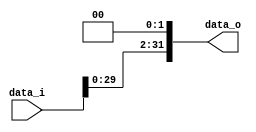
//Subject:      CO project 2 - Shift_Left_Two_32
//--------------------------------------------------------------------------------
//Version:     1
//--------------------------------------------------------------------------------
//Description:
//--------------------------------------------------------------------------------

module Shift_Left_Two_32(
    data_i,
    data_o
    );

//I/O ports
input  [32-1:0] data_i;
output [32-1:0] data_o;

//shift left 2
assign data_o = { data_i[29:0], 2'b00 };

endmodule